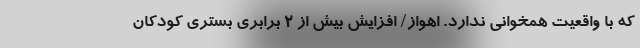
که با واقعیت همخوانی ندارد. اهواز/ افزایش بیش از 2 برابری بستری کودکان